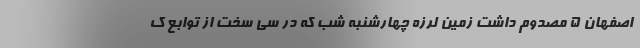
اصفهان ۵ مصدوم داشت زمین لرزه چهارشنبه شب که در سی سخت از توابع ک